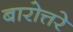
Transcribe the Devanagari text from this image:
बारोत्तरे